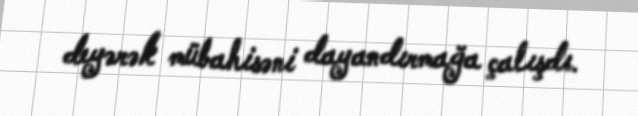
deyərək mübahisəni dayandırmağa çalışdı.